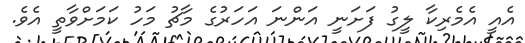
އެއީ އެމެރިކާ ލީގު ފަށަނީ އަންނަ އަހަރުގެ މާޗު މަހު ކަމަށްވާތީ އެވެ.